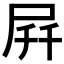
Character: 𫵚